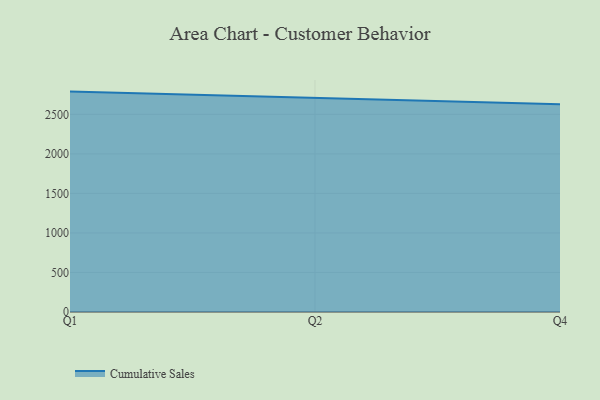
{"axis": {"x": "Quarter", "y": "Humidity (%)"}, "legend": ["Cumulative Sales"], "data": [{"x": "Q1", "y": 2787.8, "type": "Cumulative Sales"}, {"x": "Q2", "y": 2703.8, "type": "Cumulative Sales"}, {"x": "Q4", "y": 2628.8, "type": "Cumulative Sales"}]}